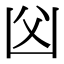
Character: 𠚁